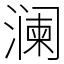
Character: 澜